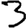
Digit: 3